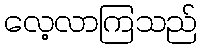
လေ့လာကြသည်